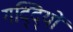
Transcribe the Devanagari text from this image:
गद्दि्यों